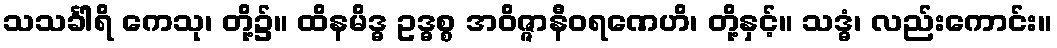
သသင်္ခါရိ ကေသု၊ တို့၌။ ထိနမိဒ္ဓ ဥဒ္ဓစ္စ အဝိဇ္ဇာနီဝရဏေဟိ၊ တို့နှင့်။ သဒ္ဓံ၊ လည်းကောင်း။